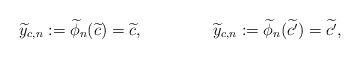
LaTeX: \begin{align*}&\widetilde{y}_{c,n} := \widetilde{\phi}_n(\widetilde{c}) = \widetilde{c},& &\widetilde{y}_{c,n} := \widetilde{\phi}_n(\widetilde{c^\prime}) = \widetilde{c^\prime},& \\\end{align*}